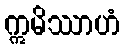
ဣမိဿာဟံ